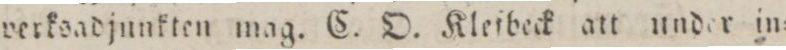
werkoadjunkten mag. C. D. Kleibeck att under in=